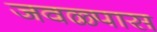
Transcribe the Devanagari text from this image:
जवळ्पास